Leaving Certificate Examination (including Day School Certificate (Higher) General paper), 1928
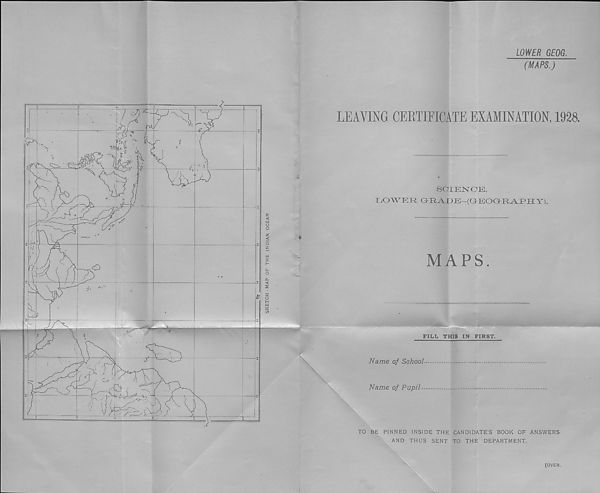
SKETCH - MAP OF THE INDIAN OCEAN
LOWER GEOG.
(MAPS.)
LEAVING CERTIFICATE EXAMINATION, 1928.
SCIENCE.
LOWER G-RADE—(GEOC-R^FRY).
MAPS.
FILL THIS IN FIRST.
Name of School
Name of Pupil
§\
_ A - I '
| I J
TO BE PINNED INSIDE THE CANDIDATE’S BOOK OF ANSWERS
AND THUS SENT TO THE DEPARTMENT.
[OVER,